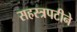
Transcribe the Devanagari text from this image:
सहस्त्रपटीने